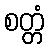
စတ္တံ